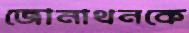
জোনাথনকে